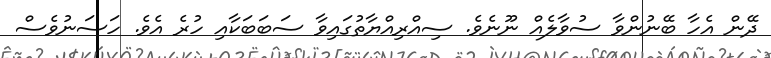
ދޭން އެހާ ބޭނުންވާ ސުވާލެއް ނޫނެވެ. ސިއްރިއްޔާތުގައިވާ ސަބަބަކާއި ހުރެ އެވެ. ހަސަނުވެސް